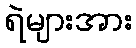
ရဲများအား